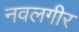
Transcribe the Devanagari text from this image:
नवलगीर